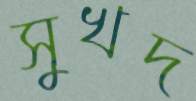
সুখদ